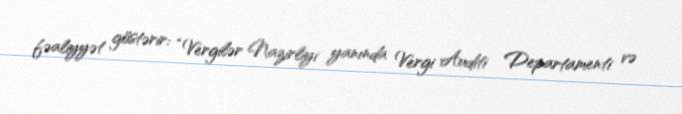
fəaliyyət göstərir: “Vergilər Nazirliyi yanında Vergi Auditi Departamenti və